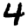
Digit: 4